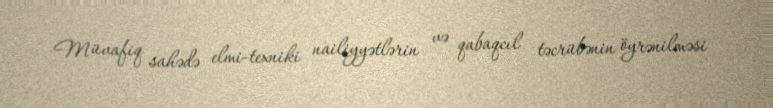
Müvafiq sahədə elmi-texniki nailiyyətlərin və qabaqcıl təcrübənin öyrənilməsi